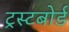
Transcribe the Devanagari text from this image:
ट्रस्टबोर्ड